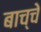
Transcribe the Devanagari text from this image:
बाच्चे